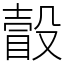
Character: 瞉